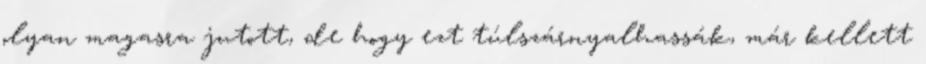
olyan magasra jutott, de hogy ezt túlszárnyalhassák, már kellett